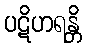
ပဋိဟရန္တိ